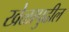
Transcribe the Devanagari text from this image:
खेळापुढील